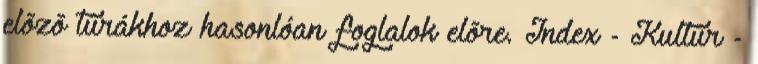
elõzõ túrákhoz hasonlóan foglalok elõre. Index - Kultúr -